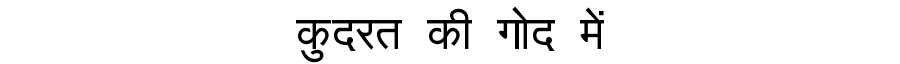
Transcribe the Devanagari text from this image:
कुदरत की गोद में